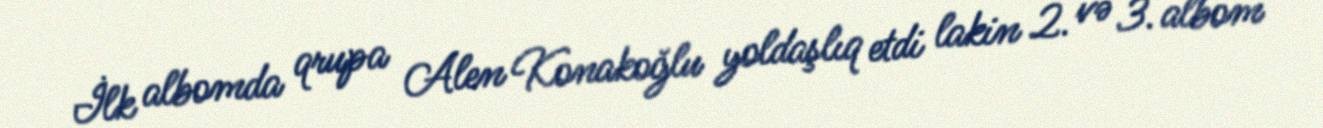
İlk albomda qrupa Alen Konakoğlu yoldaşlıq etdi lakin 2. və 3. albom